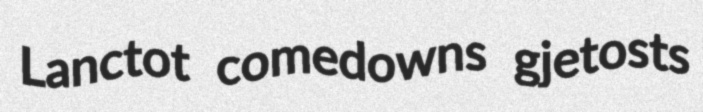
Lanctot comedowns gjetosts